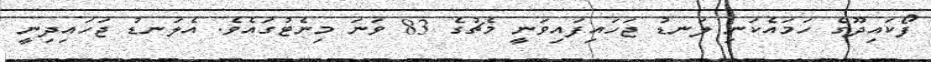
ފޯކައިދޫގެ ހަމައެކަނި ލަނޑު ޖަހައިފައިވަނީ މެޗުގެ 83 ވަނަ މިނެޓުގައެވެ. އެލަނޑު ޖަހައިދިނީ